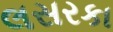
લસરકા